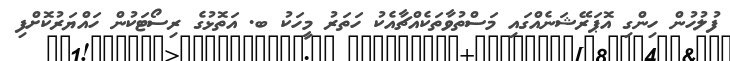
ފުލުހުން ހިންގި އޮޕަރޭޝަނެއްގައި މަސްތުވާތަކެއްޗާއެކު ހަތަރު މީހަކު ބ. އަތޮޅުގެ ރިސޯޓަކުން ހައްޔަރުކޮށްފި